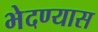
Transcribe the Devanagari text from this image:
भेदण्यास